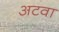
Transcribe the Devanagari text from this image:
अटवा